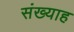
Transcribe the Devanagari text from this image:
संख्याह